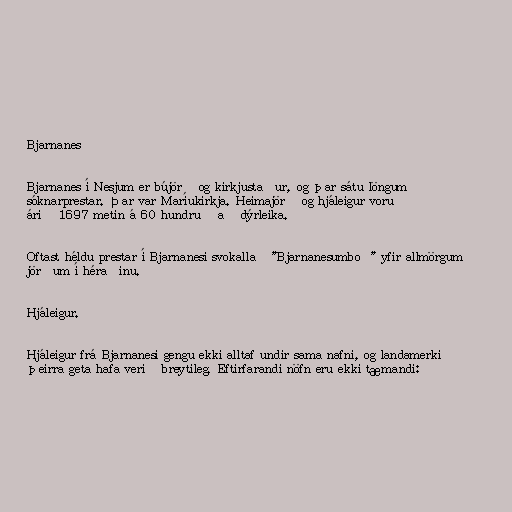
Bjarnanes

Bjarnanes í Nesjum er bújörð og kirkjustaður, og þar sátu löngum
sóknarprestar. Þar var Maríukirkja. Heimajörð og hjáleigur voru
árið 1697 metin á 60 hundruð að dýrleika.

Oftast héldu prestar í Bjarnanesi svokallað "Bjarnanesumboð" yfir allmörgum
jörðum í héraðinu.

Hjáleigur.

Hjáleigur frá Bjarnanesi gengu ekki alltaf undir sama nafni, og landamerki
þeirra geta hafa verið breytileg. Eftirfarandi nöfn eru ekki tæmandi: